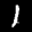
Label: 1